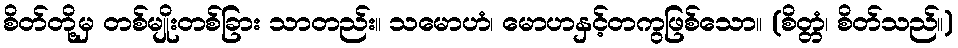
စိတ်တို့မှ တစ်မျိုးတစ်ခြား သာတည်း။ သမောဟံ၊ မောဟနှင့်တကွဖြစ်သော။ (စိတ္တံ၊ စိတ်သည်။)